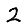
Digit: 2